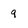
Character: 9